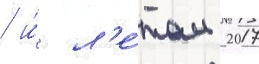
/ и́ л'е́том 2017